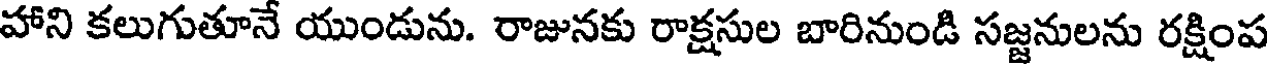
హాని కలుగుతూనే యుండును. రాజునకు రాక్షసుల బారినుండి సజ్జనులను రక్షింప